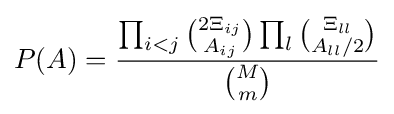
P(A)={\frac {\prod _{i<j}{\binom {2\Xi _{ij}}{A_{ij}}}\prod _{l}{\binom {\Xi _{ll}}{A_{ll}/2}}}{\binom {M}{m}}}